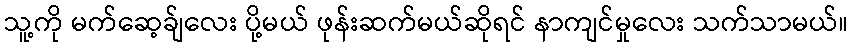
သူ့ကို မက်ဆေ့ခ်ျလေး ပို့မယ် ဖုန်းဆက်မယ်ဆိုရင် နာကျင်မှုလေး သက်သာမယ်။